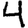
Digit: 4